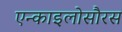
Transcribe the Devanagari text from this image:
एन्काइलोसौरस